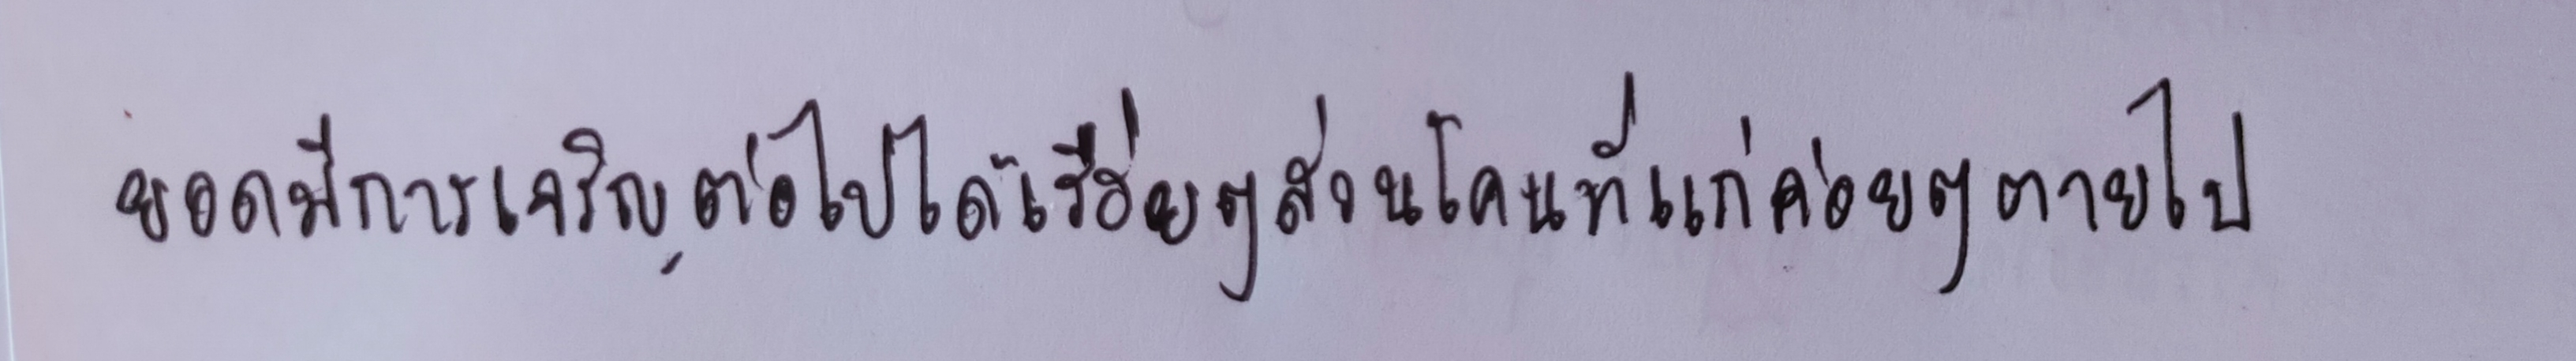
ยอดมีการเจริญต่อไปได้เรื่อยๆส่วนโคนที่แก่ค่อยๆตายไป